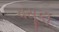
વસૂકી